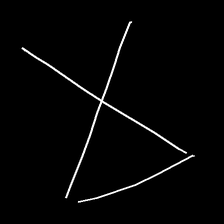
Glyph: collection